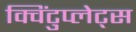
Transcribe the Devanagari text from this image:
क्विंटुप्लेट्स